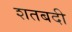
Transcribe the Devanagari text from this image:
शतबदी